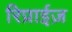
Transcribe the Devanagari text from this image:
रिप्राईज़